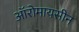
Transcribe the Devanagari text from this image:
ऑरोमायसीन